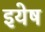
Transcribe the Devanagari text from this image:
इयेष